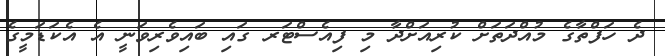
ދެ ހަފްތާގެ މުއްދަތަށް ކުރިއަށްދާ މި ފިއެސްޓަރ ގައި ބައިވެރިވަނީ އެ އެކަޑަމީގެ